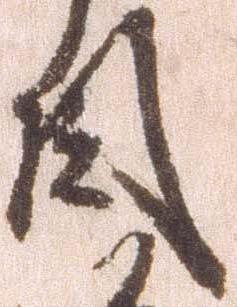
目